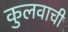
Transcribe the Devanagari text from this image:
कुलवाची